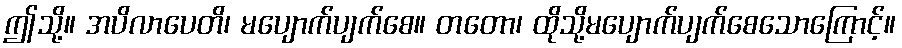
ဤသို့။ အပိလာပေတိ၊ မပျောက်ပျက်စေ။ တတော၊ ထိုသို့မပျောက်ပျက်စေသောကြောင့်။